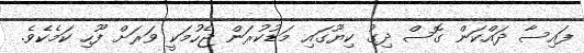
ފައިސާ ދައްކަން ގޮސް ދިގު ކިޔޫގައި މަޑުކުރަން ޖެހުމަކީ ވަރަށް ފޫހި ކަމެކެވެ.